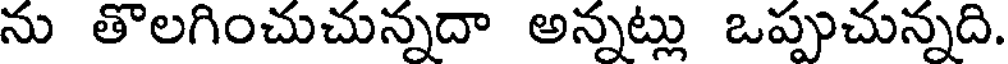
ను తొలగించుచున్నదా అన్నట్లు ఒప్పుచున్నది.